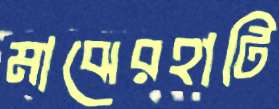
মাঝেরহাটি